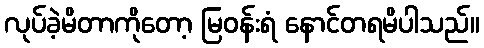
လုပ်ခဲ့မိတာကိုတော့ မြဝန်းရံ နောင်တရမိပါသည်။